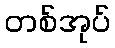
တစ်အုပ်